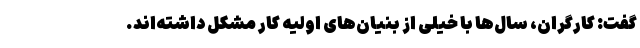
گفت: کارگران، سال‌ها با خیلی از بنیان‌های اولیه کار مشکل داشته‌اند.